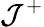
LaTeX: \mathcal{J}^{+}